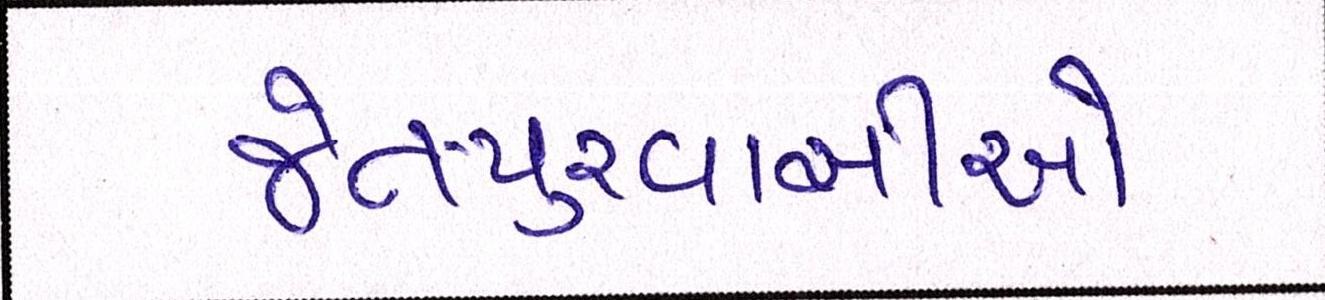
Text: જેતપુરવાસીઓ